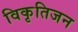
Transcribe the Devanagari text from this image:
विकृतिजन